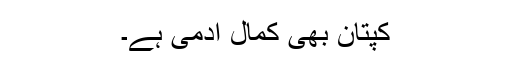
کپتان بھی کمال آدمی ہے۔